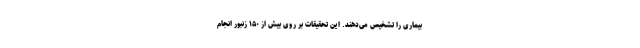
بیماری را تشخیص می‌دهند. این تحقیقات بر روی بیش از ۱۵۰ زنبور انجام